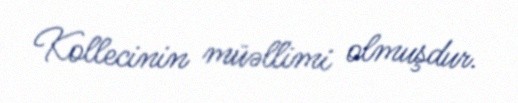
Kollecinin müəllimi olmuşdur.